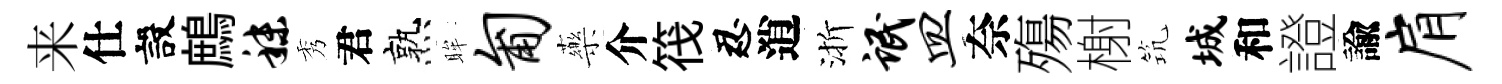
来仕設鷓秣秀君熟眸匍藥介筏忍逍渐氓皿奈殤榭𥬑城和證諭肩